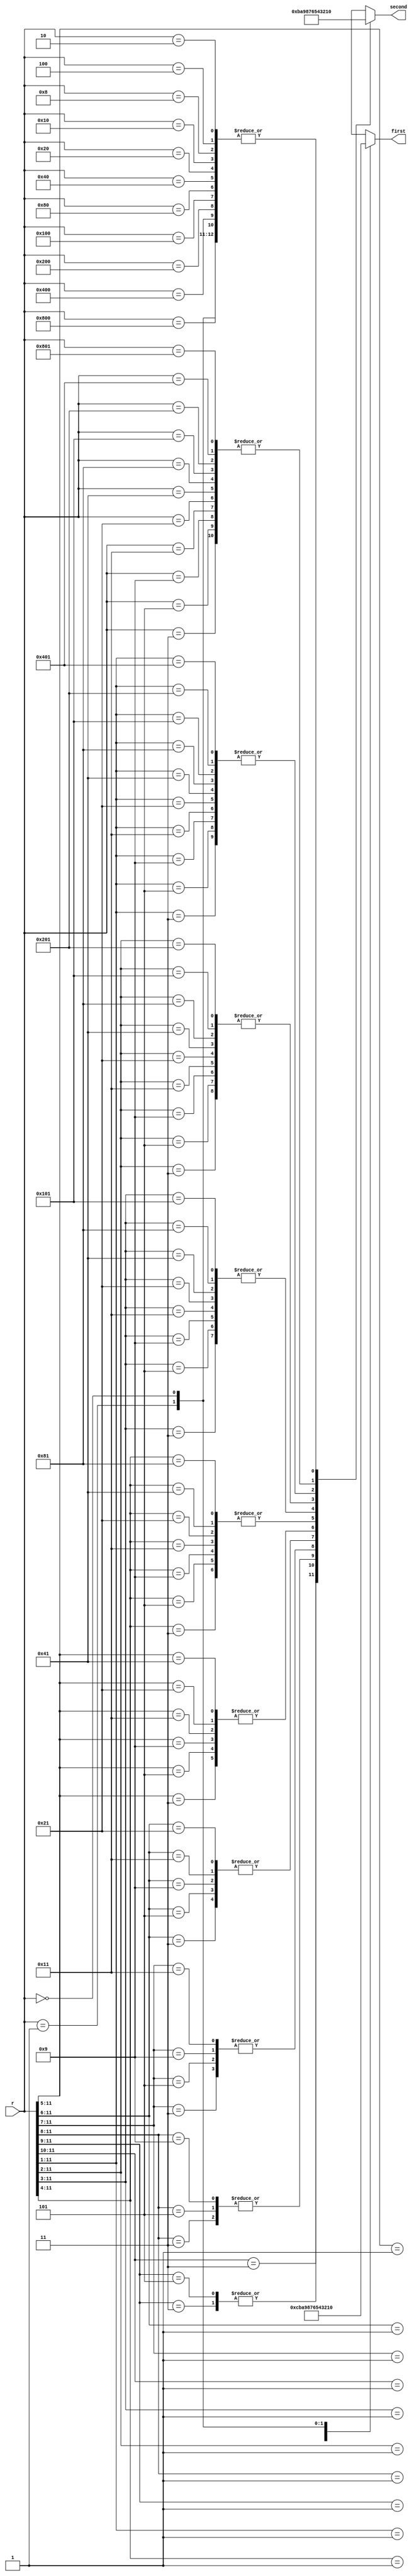
// Created by Jeevaka Dassanayake on 5/08/18.
//   Copyright (c) 2018 Jeevaka Dassanayake.

`timescale 1ns / 1ps

module DualPriority( input wire [12:1] r, output reg [3:0] first , output reg [3:0] second );

always @*
begin
	casez (r)
		12'b1???????????: first = 4'b1100;
		12'b01??????????: first = 4'b1011;
		12'b001?????????: first = 4'b1010;
		12'b0001????????: first = 4'b1001;
		12'b00001???????: first = 4'b1000;
		12'b000001??????: first = 4'b0111;
		12'b0000001?????: first = 4'b0110;
		12'b00000001????: first = 4'b0101;
		12'b000000001???: first = 4'b0100;
		12'b0000000001??: first = 4'b0011;
		12'b00000000001?: first = 4'b0010;
		12'b000000000001: first = 4'b0001;
		12'b000000000000: first = 4'b0000;
	endcase
end

always @*
begin
	casez (r)
		12'b11??????????: second = 4'b1011;
		12'b101?????????, 12'b011?????????: second = 4'b1010;
		12'b1001????????, 12'b0101????????, 12'b0011????????: second = 4'b1001;
		12'b10001???????, 12'b01001???????, 12'b00101???????, 12'b00011??????? : second = 4'b1000;
		12'b100001??????, 12'b010001??????, 12'b001001??????, 12'b000101??????, 12'b000011?????? : second = 4'b0111;
		12'b1000001?????, 12'b0100001?????, 12'b0010001?????, 12'b0001001?????, 12'b0000101?????, 12'b0000011?????
			: second = 4'b0110;
		12'b10000001????, 12'b01000001????, 12'b00100001????, 12'b00010001????, 12'b00001001????, 12'b00000101????
			, 12'b00000011???? : second = 4'b0101;
		12'b100000001???, 12'b010000001???, 12'b001000001???, 12'b000100001???, 12'b000010001???, 12'b000001001???
			, 12'b000000101???, 12'b000000011??? : second = 4'b0100;
		12'b1000000001??, 12'b0100000001??, 12'b0010000001??, 12'b0001000001??, 12'b0000100001??, 12'b0000010001??
			, 12'b0000001001??, 12'b0000000101??, 12'b0000000011?? : second = 4'b0011;
		12'b10000000001?, 12'b01000000001?, 12'b00100000001?, 12'b00010000001?, 12'b00001000001?, 12'b00000100001?
			, 12'b00000010001?, 12'b00000001001?, 12'b00000000101?, 12'b00000000011? : second = 4'b0010;
		12'b100000000001, 12'b010000000001, 12'b001000000001, 12'b000100000001, 12'b000010000001, 12'b000001000001
			, 12'b000000100001, 12'b000000010001, 12'b000000001001, 12'b000000000101, 12'b000000000011 : second = 4'b0001;
		12'b000000000000, 12'b000000000001, 12'b000000000010, 12'b000000000100, 12'b000000001000, 12'b000000010000
			, 12'b000000100000, 12'b000001000000, 12'b000010000000, 12'b000100000000, 12'b001000000000
			, 12'b010000000000, 12'b100000000000: second = 4'b0000;
	endcase
end

endmodule